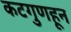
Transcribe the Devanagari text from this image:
कटगुणहून